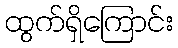
ထွက်ရှိကြောင်း